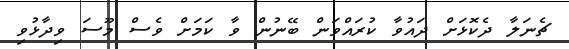
ޗެނަލާ ދެކޮޅަށް ދައުވާ ކުރައްވަން ބޭނުން ވާ ކަމަށް ވެސް މޫސަ ވިދާޅުވި